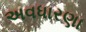
અવધારણા